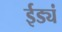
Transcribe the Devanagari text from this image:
ईड्यं